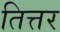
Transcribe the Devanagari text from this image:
तित्तर